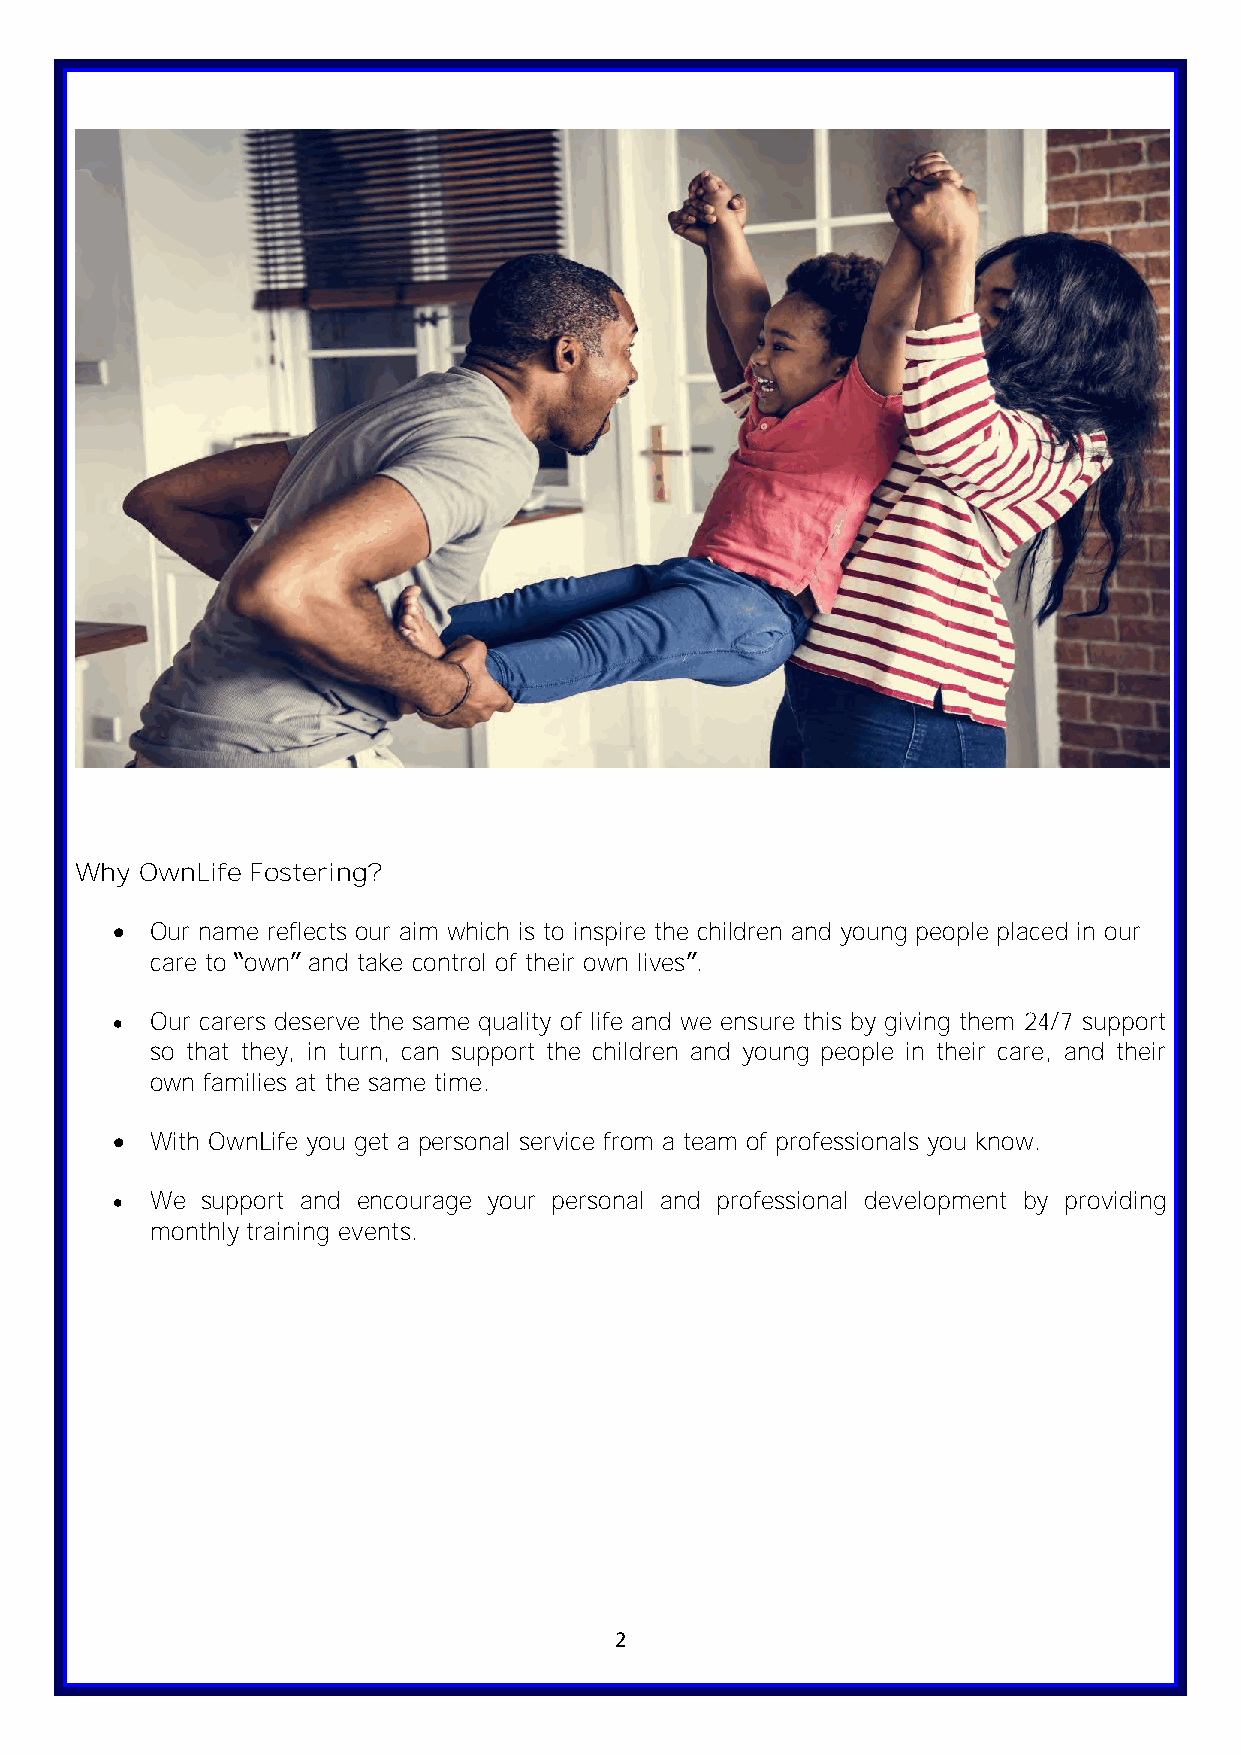
Why OwnLife Fostering?
 •  Our name reflects our aim which is to inspire the children and young people placed in our
 care to “own” and take control of their own lives”.
 •  Our carers deserve the same quality of life and we ensure this by giving them 24/7 support
 so that they, in turn, can support the children and young people in their care, and their
 own families at the same time.
 •  With OwnLife you get a personal service from a team of professionals you know.
 •  We support and encourage your personal and professional development by providing
 monthly training events.
 2